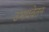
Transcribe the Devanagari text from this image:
उभयवेतन